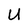
Character: U